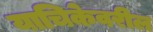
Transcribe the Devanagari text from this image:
याचिकेवरील